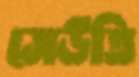
সেউতি